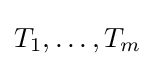
T_{1},\ldots ,T_{m}